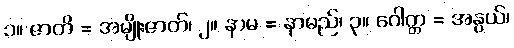
၁။ ဇာတိ = အမျိုးဇာတ်၊ ၂။ နာမ = နာမည်၊ ၃။ ဂေါတ္တ = အနွယ်၊